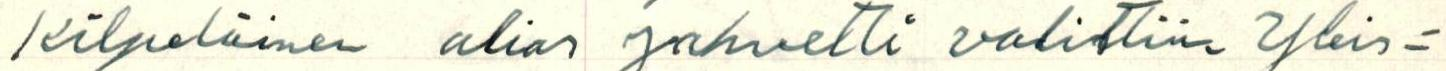
Kilpeläinen alias jahvetti valittiin Yleis=